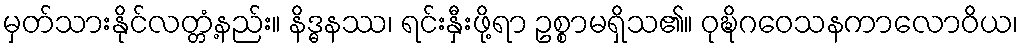
မှတ်သားနိုင်လတ္တံ့နည်း။ နိဒ္ဓနဿ၊ ရင်းနှီးဖို့ရာ ဥစ္စာမရှိသ၏။ ဝုဍ္ဎိဂဝေသနကာလောဝိယ၊